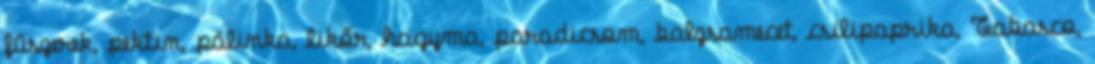
fűszerek, pektin, pálinka, likőr, hagyma, paradicsom, balzsamecet, csilipaprika, Tabasco,